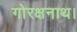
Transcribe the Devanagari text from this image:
गोरक्षनाथ।